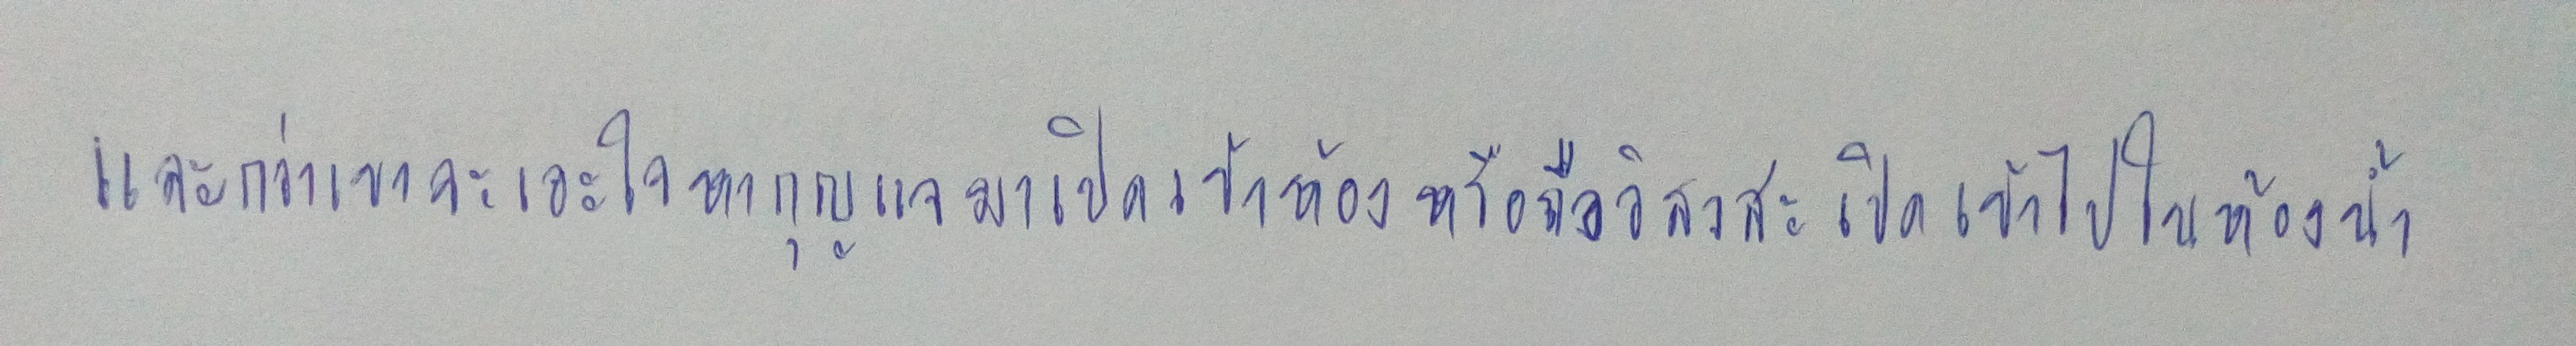
และกว่าเขาจะเอะใจหากุญแจมาเปิดเข้าห้องหรือถือวิสาสะเปิดเข้าไปในห้องน้ำ